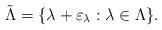
LaTeX: \begin{align*}\tilde{\Lambda}=\{\lambda+\varepsilon_\lambda: \lambda\in\Lambda\}.\end{align*}